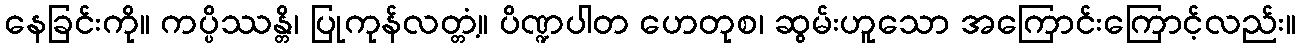
နေခြင်းကို။ ကပ္ပိဿန္တိ၊ ပြုကုန်လတ္တံ့။ ပိဏ္ဍပါတ ဟေတုစ၊ ဆွမ်းဟူသော အကြောင်းကြောင့်လည်း။